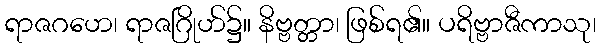
ရာဇဂဟေ၊ ရာဇဂြိုဟ်၌။ နိဗ္ဗတ္တာ၊ ဖြစ်ရ၏။ ပရိဗ္ဗာဇီကာသု၊